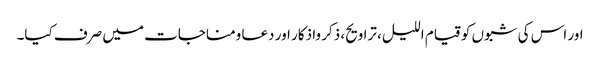
اور اس کی شبوں کو قیام اللیل، تراویح، ذکر واذکار اور دعا ومناجات میں صرف کیا۔